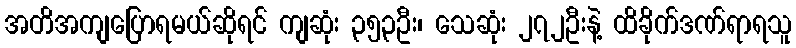
အတိအကျပြောရမယ်ဆိုရင် ကျဆုံး ၃၅၃ဦး၊ သေဆုံး ၂၇၂ဦးနဲ့ ထိခိုက်ဒဏ်ရာရသူ